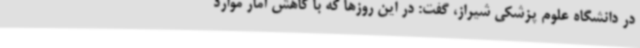
در دانشگاه علوم پزشکی شیراز، گفت: در این روزها که با کاهش آمار موارد